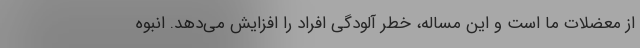
از معضلات ما است و این مساله، خطر آلودگی افراد را افزایش می‌دهد. انبوه